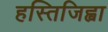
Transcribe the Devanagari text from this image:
हस्तिजिह्वा